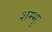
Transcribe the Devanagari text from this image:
शम्भुः